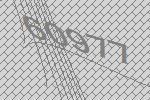
60977